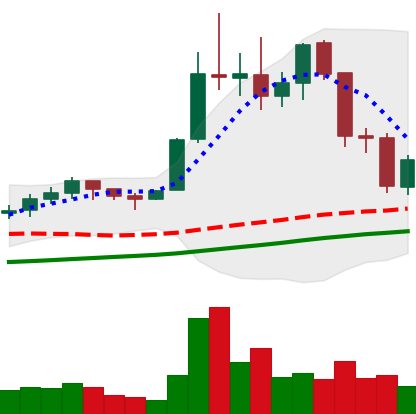
Ticker: LTC-USD
Chart end date: 2021-11-19
Forward return: -3.82%
Label: down_3_5